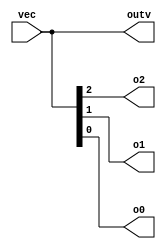
module top_module ( 
    input wire [2:0] vec,
    output wire [2:0] outv,
    output wire o2,
    output wire o1,
    output wire o0  ); // Module body starts after module declaration

    assign outv = vec;
    assign o2 = vec[2];
    assign o1 = vec[1];
    assign o0 = vec[0];

endmodule